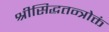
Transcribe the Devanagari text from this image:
श्रीसिद्धतन्त्रोक्तं